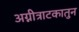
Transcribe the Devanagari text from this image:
अग्नीत्राटकातुन